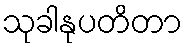
သုခါနုပတိတာ